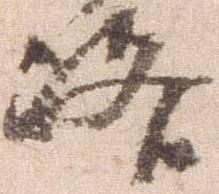
洛